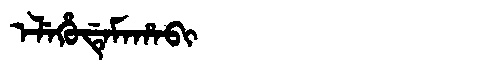
Manchu: ᡝᠯᡝᡥᡠᡩᡝᠮᠠᡥᠠᠪᡳ
Romanization: ELEHUDEMAHABI